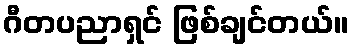
ဂီတပညာရှင် ဖြစ်ချင်တယ်။